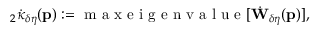
{ } _ { 2 } \dot { \kappa } _ { \delta \eta } ( \mathbf { p } ) : = \mathrm { ~ m ~ a ~ x ~ e ~ i ~ g ~ e ~ n ~ v ~ a ~ l ~ u ~ e ~ } [ \dot { \mathbf { W } } _ { \delta \eta } ( \mathbf { p } ) ] ,